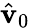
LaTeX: \hat{\mathbf{v}}_{0}